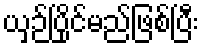
ယှဉ်ပြိုင်မည်ဖြစ်ပြီး